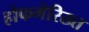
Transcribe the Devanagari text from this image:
होफगेरिख्त